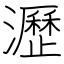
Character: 瀝